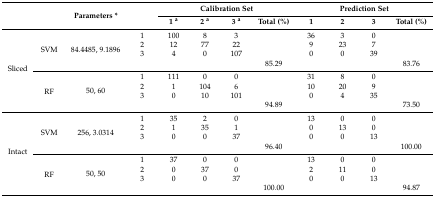
| <ROWSPAN=2-COLSPAN=2>  | <ROWSPAN=2> Parameters * | <ROWSPAN=2>  | <COLSPAN=4> Calibration Set | <COLSPAN=4> Prediction Set |
 | 1 a | 2 a | 3 a | Total (%) | 1 | 2 | 3 | Total (%) |
 | --- | --- | --- | --- | --- | --- | --- | --- | --- | --- | --- | --- |
 | <ROWSPAN=8> Sliced | <ROWSPAN=4> SVM | <ROWSPAN=4> 84.4485, 9.1896 | 1 | 100 | 8 | 3 |  | 36 | 3 | 0 |  |
 | 2 | 12 | 77 | 22 |  | 9 | 23 | 7 |  |
 | 3 | 4 | 0 | 107 |  | 0 | 0 | 39 |  |
 |  |  |  |  | 85.29 |  |  |  | 83.76 |
 | <ROWSPAN=4> RF | <ROWSPAN=4> 50, 60 | 1 | 111 | 0 | 0 |  | 31 | 8 | 0 |  |
 | 2 | 1 | 104 | 6 |  | 10 | 20 | 9 |  |
 | 3 | 0 | 10 | 101 |  | 0 | 4 | 35 |  |
 |  |  |  |  | 94.89 |  |  |  | 73.50 |
 | <ROWSPAN=8> Intact | <ROWSPAN=4> SVM | <ROWSPAN=4> 256, 3.0314 | 1 | 35 | 2 | 0 |  | 13 | 0 | 0 |  |
 | 2 | 1 | 35 | 1 |  | 0 | 13 | 0 |  |
 | 3 | 0 | 0 | 37 |  | 0 | 0 | 13 |  |
 |  |  |  |  | 96.40 |  |  |  | 100.00 |
 | <ROWSPAN=4> RF | <ROWSPAN=4> 50, 50 | 1 | 37 | 0 | 0 |  | 13 | 0 | 0 |  |
 | 2 | 0 | 37 | 0 |  | 2 | 11 | 0 |  |
 | 3 | 0 | 0 | 37 |  | 0 | 0 | 13 |  |
 |  |  |  |  | 100.00 |  |  |  | 94.87 |